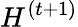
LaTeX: H^{(t+1)}